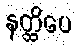
နတ္ထိပေ